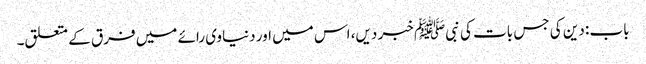
باب : دین کی جس بات کی نبیﷺ خبر دیں، اس میں اور دنیاوی رائے میں فرق کے متعلق۔